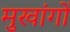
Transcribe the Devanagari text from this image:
मुखांगों